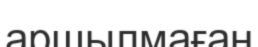
аршылмаған